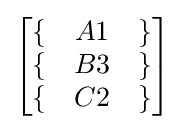
{\begin{bmatrix}\{&A1&\}\\\{&B3&\}\\\{&C2&\}\\\end{bmatrix}}